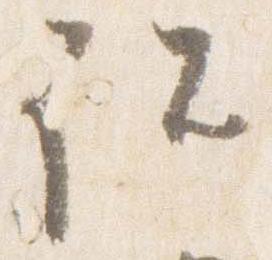
詔